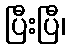
ပြီးပြီ၊